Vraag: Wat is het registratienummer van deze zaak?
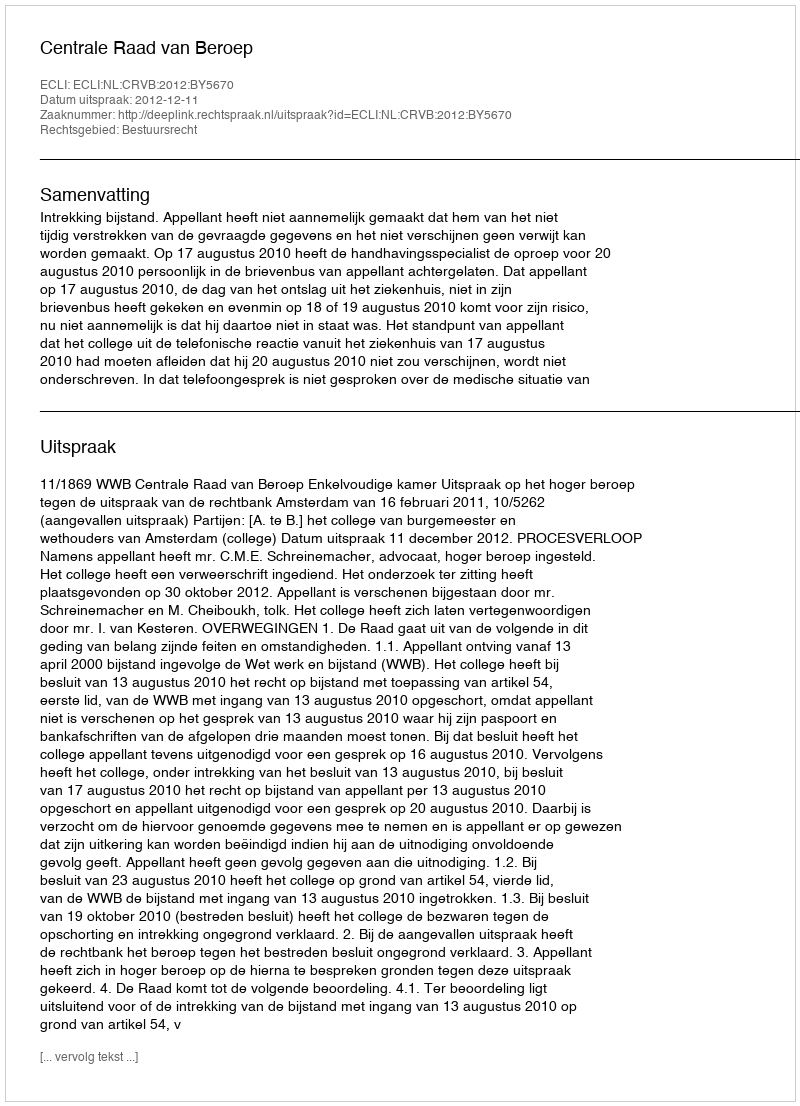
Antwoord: http://deeplink.rechtspraak.nl/uitspraak?id=ECLI:NL:CRVB:2012:BY5670